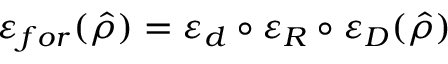
\varepsilon _ { f o r } ( \hat { \rho } ) = \varepsilon _ { d } \circ \varepsilon _ { R } \circ \varepsilon _ { D } ( \hat { \rho } )